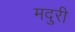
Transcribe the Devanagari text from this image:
मदुरी